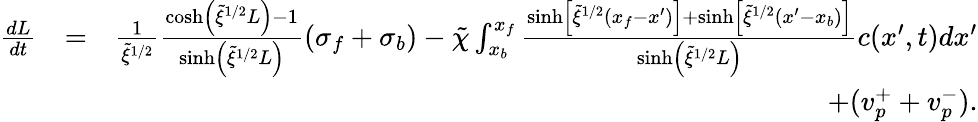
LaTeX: \begin{array}{rlr}{\frac{dL}{dt}}&{=}&{\frac{1}{\tilde{\xi}^{1/2}}\frac{\cosh\left(\tilde{\xi}^{1/2}L\right)-1}{\sinh\left(\tilde{\xi}^{1/2}L\right)}(\sigma_{f}+\sigma_{b})-\tilde{\chi}\int_{x_{b}}^{x_{f}}\frac{\sinh\left[\tilde{\xi}^{1/2}(x_{f}-x^{\prime})\right]+\sinh\left[\tilde{\xi}^{1/2}(x^{\prime}-x_{b})\right]}{\sinh\left(\tilde{\xi}^{1/2}L\right)}c(x^{\prime},t)dx^{\prime}}\\ &{}&{+(v_{p}^{+}+v_{p}^{-}).}\end{array}